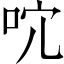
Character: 𠱇